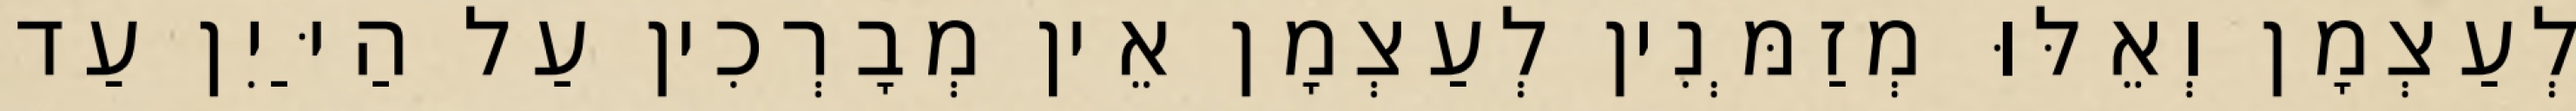
לְעַצְמָן וְאֵלּוּ מְזַמְּנִין לְעַצְמָן אֵין מְבָרְכִין עַל הַיַּיִן עַד